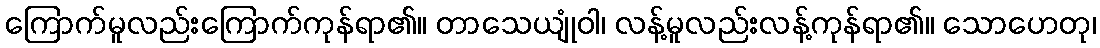
ကြောက်မူလည်းကြောက်ကုန်ရာ၏။ တာသေယျုံဝါ၊ လန့်မူလည်းလန့်ကုန်ရာ၏။ သောဟေတု၊